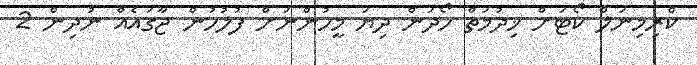
ކްރިމިނަލް ކޯޓަށް ޚިދުމަތް ހޯދަން ދިޔަ މީހުންނަށް ފުލުހުން ޖާގައެއް ނުދިން 2